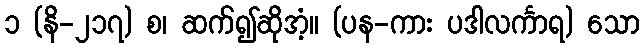
၁ (နိ-၂၁၇) စ၊ ဆက်၍ဆိုအံ့။ (ပန-ကား ပဒါလင်္ကာရ) သော